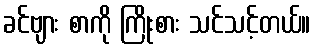
ခင်ဗျား စာကို ကြိုးစား သင်သင့်တယ်။